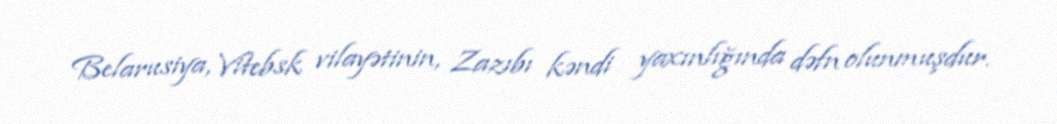
Belarusiya, Vitebsk vilayətinin, Zazıbı kəndi yaxınlığında dəfn olunmuşdur.